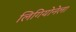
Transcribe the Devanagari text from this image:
लिगियोनेला